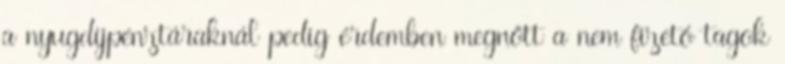
a nyugdíjpénztáraknál pedig érdemben megnőtt a nem fizető tagok